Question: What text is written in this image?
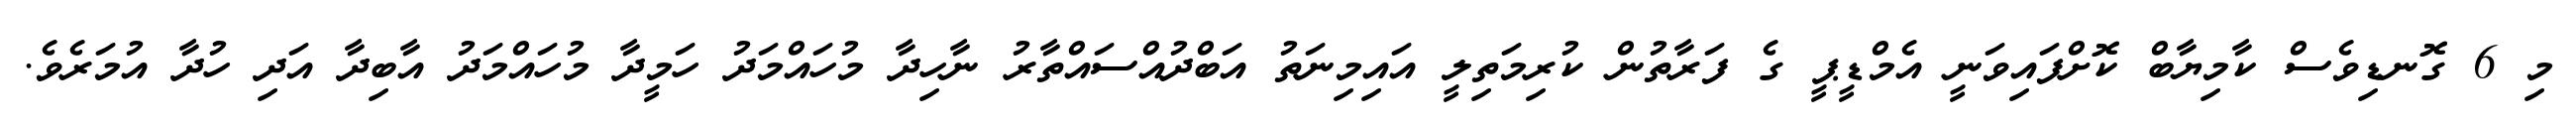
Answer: މި 6 ގޮނޑިވެސް ކާމިޔާބް ކޮށްފައިވަނީ އެމްޑީޕީ ގެ ފަރާތުން ކުރިމަތިލީ އައިމިނަތު އަބްދުއްސައްތާރު ނާހިދާ މުހައްމަދު ހަމީދާ މުހައްމަދު އާބިދާ އަދި ހުދާ އުމަރެވެ.